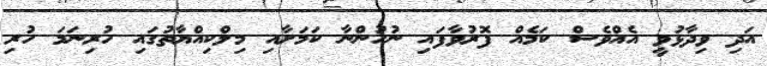
އަދި ވިދާޅުވީ އެއްވެސް ކަމެއް ފޮރުވާފައި ނުހުންނާ ކަމަށާއި މިލްކިއްޔާތުގައި ހުރިނަމަ ހުރި